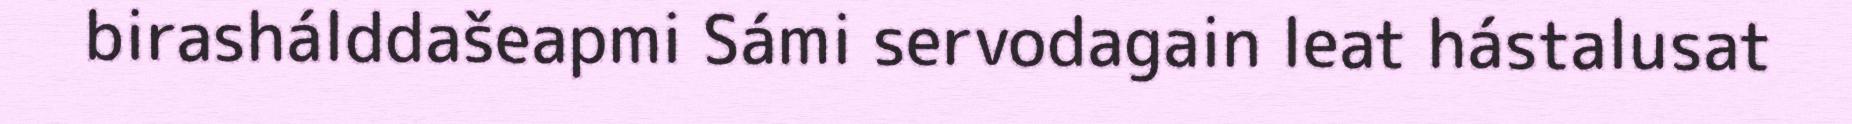
birashálddašeapmi Sámi servodagain leat hástalusat